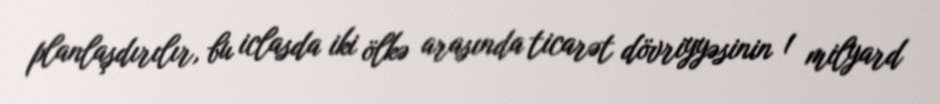
planlaşdırılır, bu iclasda iki ölkə arasında ticarət dövriyyəsinin 1 milyard